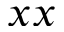
x x